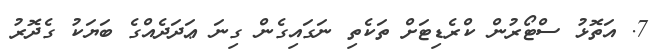
7. އަތޮޅު ސްޓޯރުން ކްރެޑިޓަށް ތަކެތި ނަގައިގެން ގިނަ ޢަދަދެއްގެ ބަޔަކު ގެދޮރު